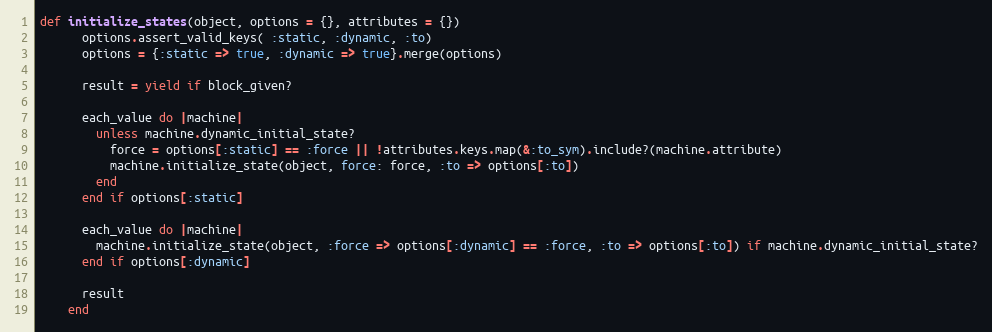
Language: Ruby
def initialize_states(object, options = {}, attributes = {})
      options.assert_valid_keys( :static, :dynamic, :to)
      options = {:static => true, :dynamic => true}.merge(options)

      result = yield if block_given?

      each_value do |machine|
        unless machine.dynamic_initial_state?
          force = options[:static] == :force || !attributes.keys.map(&:to_sym).include?(machine.attribute)
          machine.initialize_state(object, force: force, :to => options[:to])
        end
      end if options[:static]

      each_value do |machine|
        machine.initialize_state(object, :force => options[:dynamic] == :force, :to => options[:to]) if machine.dynamic_initial_state?
      end if options[:dynamic]

      result
    end